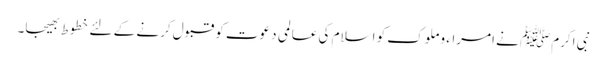
نبی اکرمﷺ نے امراء و ملوک کو اسلام کی عالمی دعوت کو قبول کرنے کے لئے خطوط بھیجا۔